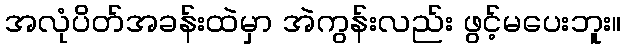
အလုံပိတ်အခန်းထဲမှာ အဲကွန်းလည်း ဖွင့်မပေးဘူး။